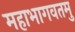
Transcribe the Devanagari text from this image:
महाभागवतमु